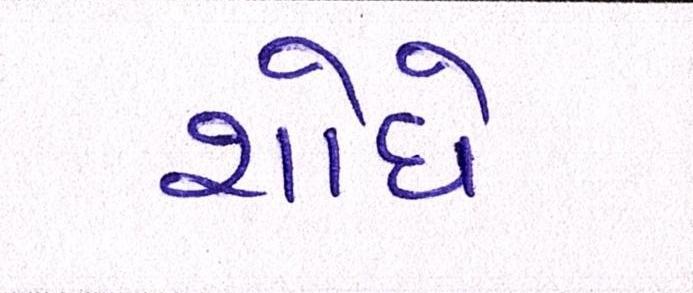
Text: શોધે